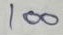
100